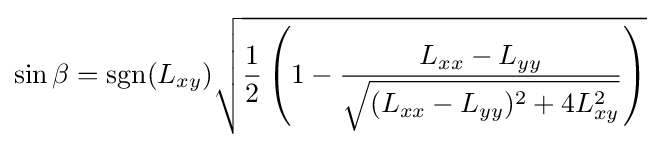
\sin \beta =\operatorname {sgn}(L_{xy}){\sqrt {{\frac {1}{2}}\left(1-{\frac {L_{xx}-L_{yy}}{\sqrt {(L_{xx}-L_{yy})^{2}+4L_{xy}^{2}}}}\right)}}